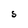
Character: S